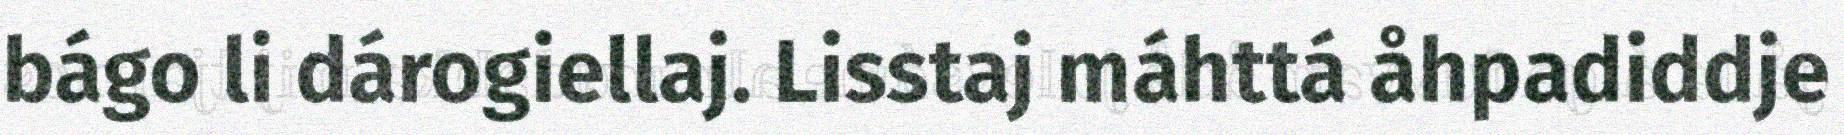
bágo li dárogiellaj. Lisstaj máhttá åhpadiddje